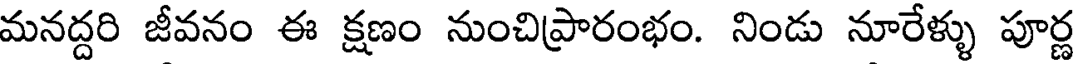
మనద్దరి జీవనం ఈ క్షణం నుంచిప్రారంభం. నిండు నూరేళ్ళు పూర్ణ